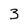
Character: 3